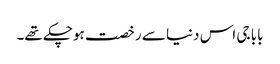
بابا جی اس دنیا سے رخصت ہوچکے تھے۔